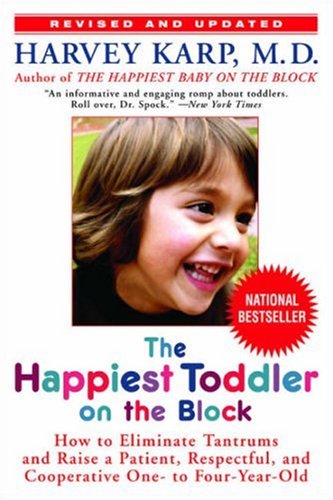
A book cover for The Happiest Toddler on the Block: How to Eliminate Tantrums and Raise a Patient, Respectful, and Cooperative One- to Four-Year-Old: Revised Edition; Harvey Karp; Parenting & Relationships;